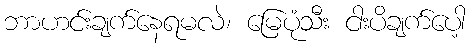
ဘာဟင်းချက်နေရမလဲ၊ မြေပုံသီး ငါးပိချက်ပေါ့